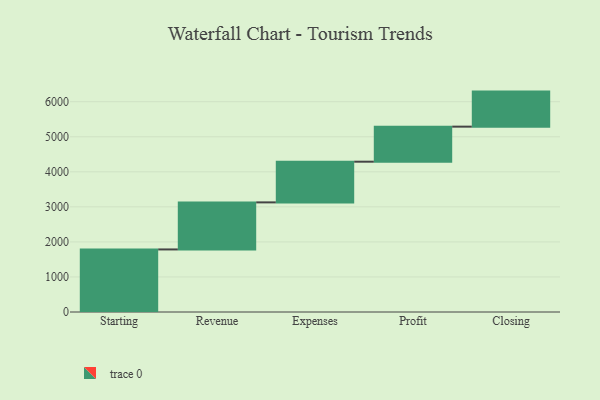
{"axis": {"x": "Step", "y": "Value"}, "legend": [""], "data": [{"x": "Starting", "y": 1785.0, "type": ""}, {"x": "Revenue", "y": 1343.0, "type": ""}, {"x": "Expenses", "y": 1161.0, "type": ""}, {"x": "Profit", "y": 1000, "type": ""}, {"x": "Closing", "y": 1000, "type": ""}]}